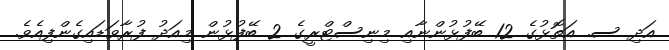
އަދި ސ. އަތޮޅުގެ 12 ބޭފުޅުންނާއި މިނިސްޓްރީގެ 2 ބޭފުޅުން މިއަދު ފުރާވަޑައިގެންފިއެވެ.